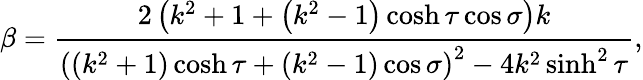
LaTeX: \beta=\frac{2\left(k^{2}+1+\left(k^{2}-1\right)\cosh\tau\cos\sigma\right)k}{\left((k^{2}+1)\cosh\tau+(k^{2}-1)\cos\sigma\right)^{2}-4k^{2}\sinh^{2}\tau},